Annual statistical returns and brief notes on vaccination in Bengal - 1887-1898
Year: 1887
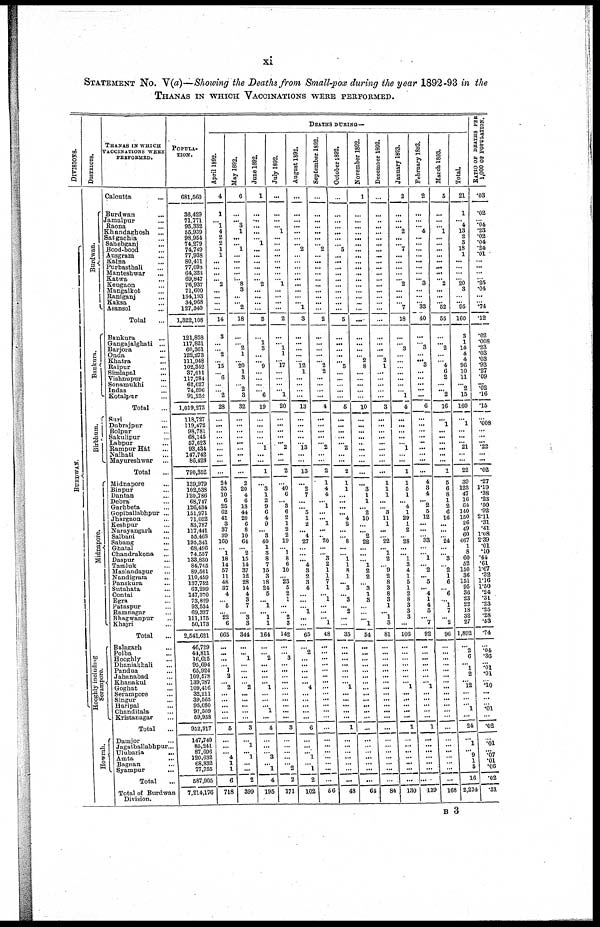
xi
STATEMENT No. V(a)—Showing the Deaths from Small-pox during the year 1892-93 in the
THANAS IN WHICH VACCINATIONS WERE PERFORMED.
DIVISIONS.
Midnapore.
DISTRICTS.
Burdwan.
Bankura.
Birbhum.
Midnapore.
Hooghly including
Serampore.
Howrali
THANAS IN WHICH
VACCINATIONS WERE
PERFORMED.
Calcutta
...
Burdwan
...
Jamalpur ...
Raona ...
Khandaghosh ...
Satgachia ...
Sahebgani ...
Bood-bood ...
Ausgram ...
Kalna ...
Purbasthali ...
Manteshwar ...
Katwa ...
Keugaon ...
Mangalkot ...
Raniganj ...
Kaksa ...
Asansol ...
Total
...
Bankura ...
Gangajalghati ...
Barjora ...
Onda ...
Khatra ...
Raipur ...
Simlapal ...
Vishnupur ...
Sonamukhi ...
Indas ...
Kotalpur ...
Total
...
Suri ...
Dubrajpur ...
Bolpur ...
Sakulipur ...
Labpur ...
Rampur Hát ...
Nalhati ...
Mayureshwar ...
Total ...
Midnapore ...
Binpur ...
Dantan ...
Debra ...
Garhbeta ...
Gopiballabhpur ...
Jhargaon ...
Keshpur ...
Narayangarh ...
Salbani ...
Sabang ...
Ghatal ...
Chandrakona ...
Daspur ...
Tamluk ...
Maslandapur ...
Nandigram ...
Panskura
...
Sutahata ...
Contai ...
Egra ...
Pataspur ...
Ramnagar ...
Bhagwanpur ...
Khajri ...
Total ...
Balagarh ...
Polba ...
Hooghly ...
Dhaniaknali ...
Pandua ...
Jahanabad ...
Khanakul ...
Goghat ...
Serampore ...
Singur ...
Haripal ...
Chanditala ...
Kristanagar ...
Total ...
Damjor ...
Jagatballabhpur...
Ulubaria
...
Amta
...
Bagnan ...
Syampur ...
Total ...
Total of Burdwan
Division.
POPULA-
----.
681,560
36,429
71,771
95,332
55,939
98,954
74,279
74,749
77,938
80,411
77,098
64,323
69,847
76,937
71,600
134,193
34,968
127,340
1,322,108
121,858
117,821
60,361
122,273
111,948
102,342
37,011
117,784
62,027
74,596
91,252
1,019,273
118,727
119,472
98,781
68,145
57,623
93,434
147,742
86,428
790,352
139,979
102,538
120,786
68,747
126,434
151,971
71,022
83,787
117,441
55,468
195,341
68,496
74,557
133,830
84,745
89,561
110,459
137,752
63,299
147,870
73,829
93,534
69,327
111,175
50,173
2,541,621
46,729
44,811
16,615
95,694
65,924
109,573
139,787
109,416
32,211
39,565
95,080
97,569
59,938
952,917
147,749
85,241
87,696
120,632
68,832
77,755
587,905
7,214,176
DEATHS DURING—
April 1892.
4
1
... 1
4
2
2
1
1
...
...
...
...
2
...
...
...
...
14
3
...
...
2
... 15
... 6
...
... 2
28
...
...
...
...
...
...
...
...
...
24
35
10
6
25
62
41
3
37
39
160
... 1
18
14
57
11
48
37
4
... 5
... 22
6
665
...
...
...
... 1
2
... 2
...
...
...
...
...
5
...
...
... 4 1
1
6
718
May 1892.
6
...
... 3
1
...
... 1
...
...
...
... ...
8
3
...
... 2
18
...
...
2
1
...
20
1
3
... 2
3
32
...
...
...
...
...
...
...
...
...
2
20
4
6
18
44
20
6
8
10
64
... 2
15
14
37
12
28
14
4
3
7
... 3
3
344
...
... 1
...
...
...
... 2
...
...
...
...
...
3
...
1
... 1
... ...
2
399
June 1892.
1
...
...
...
...
...
1
...
...
...
...
...
... 2
...
...
...
...
3
...
1
3
...
... 9
...
...
...
...
6
19
...
...
...
...
...
1 ...
...
1
...
3
1
2
9
6
4
9
... 3
40
1
3
8
7
15
3
18
24
5
... 1
... 1
1
164
...
... 2
...
...
...
... 1
...
...
... 1
...
4
...
...
... 3
... 1
4
196
July 1892.
...
...
...
...
1
...
...
...
...
...
...
...
... 1
...
...
...
...
2
...
... 1
1
... 17
...
...
...
...
1
20
...
...
...
...
...
2 ...
...
2
...
40 6
... 3
6
2
1
2
2
19
... 1
8
6
10
... 23
5
2
1
...
... 2
3
142
...
... 3
...
...
...
...
...
...
...
...
...
...
3
...
...
...
...
... 2
2
171
August 1892.
...
...
...
...
...
...
... 2
...
...
...
...
...
...
...
...
... 1
3
...
...
...
...
...
12
1
...
...
...
...
13
...
...
...
...
...
13
...
...
13
...
2
7
...
... 5
1
2
... 4
27
...
...
... 4
3
2
3
4
...
...
... 1
...
...
65
...
2
...
...
...
...
... 4
...
...
...
...
...
6
...
...
... 1
... 1
2
102
September. 1892.
...
...
...
...
...
...
...
2
...
...
...
...
...
...
...
...
...
...
2
...
...
...
...
... 2
2
...
...
...
...
4
...
...
...
...
...
2 ...
...
2
1
4
4
... 1
...
... 1
...
... 20
...
... 3
2
1
1
7
1
... 1
...
...
...
1
48
...
...
...
...
...
...
...
...
...
...
...
...
...
...
...
...
...
...
... ...
...
56
October 1892.
...
...
...
...
...
...
... 5
...
...
...
...
...
...
...
...
...
...
5
...
...
... ...
... 5
...
...
...
...
...
6
....
...
...
...
...
2 ...
...
2
1
1
...
...
...
... 4
2
...
... 8
...
... 1
1
8
1
... 3
... 3
... 2
...
...
35
...
...
...
...
...
...
... 1
...
...
...
...
...
1
...
...
...
...
...
...
...
48
November 1892.
1
...
...
...
...
...
...
...
...
...
...
...
...
...
...
...
...
...
...
...
...
...
... 2
8
...
...
...
...
...
10
...
...
...
...
...
...
...
...
...
...
3
1
1
... 2
10
...
... 2
22
...
...
... 1
2
2
... 3
1
3
...
...
... 1
54
...
...
...
...
...
...
...
...
...
...
...
...
...
...
...
...
...
...
... ...
...
64
December 1892.
...
...
...
...
...
...
...
... ...
...
...
...
...
...
...
...
...
...
...
...
...
...
... 2
1
...
...
...
...
...
3
...
...
...
...
...
...
...
...
...
1
1
1
...
... 3
11
1
...
... 22
... 1
2
... 9
2
8
3
8
3
1
... 1
3
81
...
...
...
...
...
...
...
...
...
...
...
...
...
...
...
...
...
...
... ...
...
84
January 1893.
2
...
...
... 2
...
... 7
...
...
...
...
... 2
...
...
...
7
18
...
... 3
...
...
...
...
...
...
... 1
4
...
...
...
...
... 1
...
...
1
1
5
1
... 4 1
29
1
2
... 28
...
... 1
3
4
1
5
1
2
8
3
3
3
...
106
...
...
...
...
...
...
... 1
...
...
...
...
...
1
...
...
...
...
...
...
...
130
February 1893.
2
...
... ...
4
...
...
...
...
...
...
...
... 3
...
...
... 33
40
...
...
3
...
...
3
...
...
....
...
...
6
...
...
...
...
...
....
...
...
...
4
3 4
... 2 5
12
...
...
... 33
...
... 1
... 2
... 5
... 4
1
4
5
...
7
92
...
...
...
...
...
...
... 1
...
...
...
...
...
1
...
...
...
...
... ...
...
139
March 1893.
5
...
...
... 1
...
...
...
...
...
... ...
... 2
...
...
... 52
55
...
... 2
...
... 4
6
2
...
... 2
16
...
1
...
...
...
...
...
...
1
5
6
8
1
2
6
16
...
...
... 24
...
... 3
... 2
1
6
... 6
... 1
7
...
2
96
...
... ...
...
...
...
...
...
...
...
...
...
...
...
...
...
...
...
... ...
...
168
Total.
21
1
... 4
13
2
3
18
1
...
...
...
... 20
3
...
... 95
160
3
1
14
4
4
96
10
11
... 2
15
160
...
1
...
...
...
...
...
...
22
39
123 47
16
64
140
150
26
49
60
467
1
... 60
52
150
36
151 95
36
23
22
18
32
27 1,892
...
2
6 ...
1
2 ...
12
...
...
...
1 ...
24
...
1
...
9 1 5
16
2,274
RATIO OF DEATHS PER
1,000 OF POPULATION.
.03
.02
...
.04
.23
.02
.04 .24
.01 ...
...
...
.25
.04
...
...
.74
.12
.02
.008 .23
.03 .03
.93
.27
.09 ...
.02 .16
.15
...
.008
...
...
...
...
...
...
.02
.27
1.19 .38
.23 .50 .92
2.11
.31
1.08
...
2.39
.01
... .44
.61
1.67
.32
1.16 1.50
.24
.31
.23
.25
.28
.53 .74
...
.04
.36
...
.01
.01
...
.10
...
...
...
.01
...
.02
...
.01
...
.07
.01 .06
.02
.31
B 3